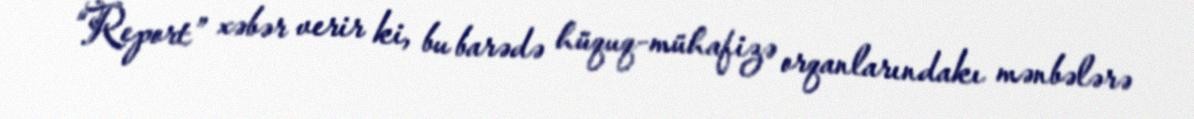
“Report” xəbər verir ki, bu barədə hüquq-mühafizə orqanlarındakı mənbələrə